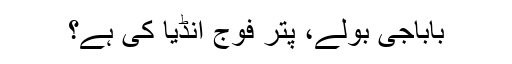
باباجی بولے، پتر فوج انڈیا کی ہے؟